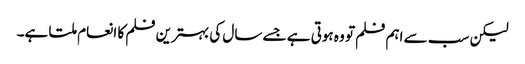
لیکن سب سے اہم فلم تو وہ ہوتی ہے جسے سال کی بہترین فلم کا انعام ملتا ہے۔